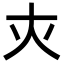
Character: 𡗜